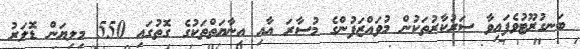
ބަނގުރޫޓުވެފައިވާ ސަރުކާރުތަކުން މުވައްޒަފުންގެ މުސާރަ އާއި އިނާޔަތްތަކުގެ ގޮތުގައި 550 މިލިޔަން ޑޮލަރު